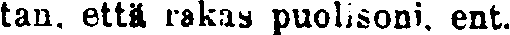
tan, että rakas puolisoni, ent.